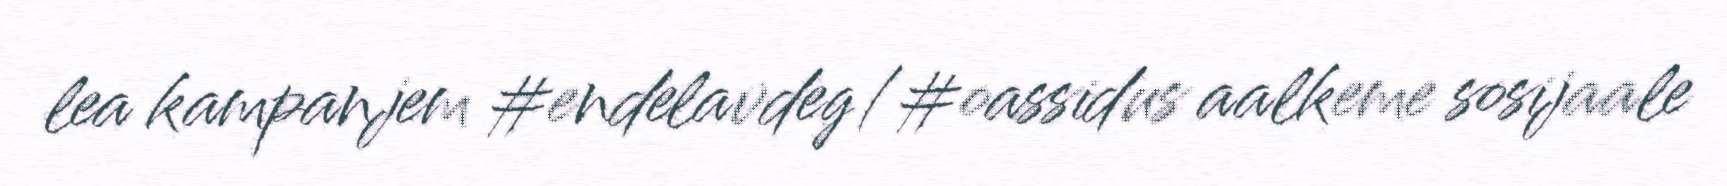
lea kampanjem #endelavdeg/#oassidus aalkeme sosijaale